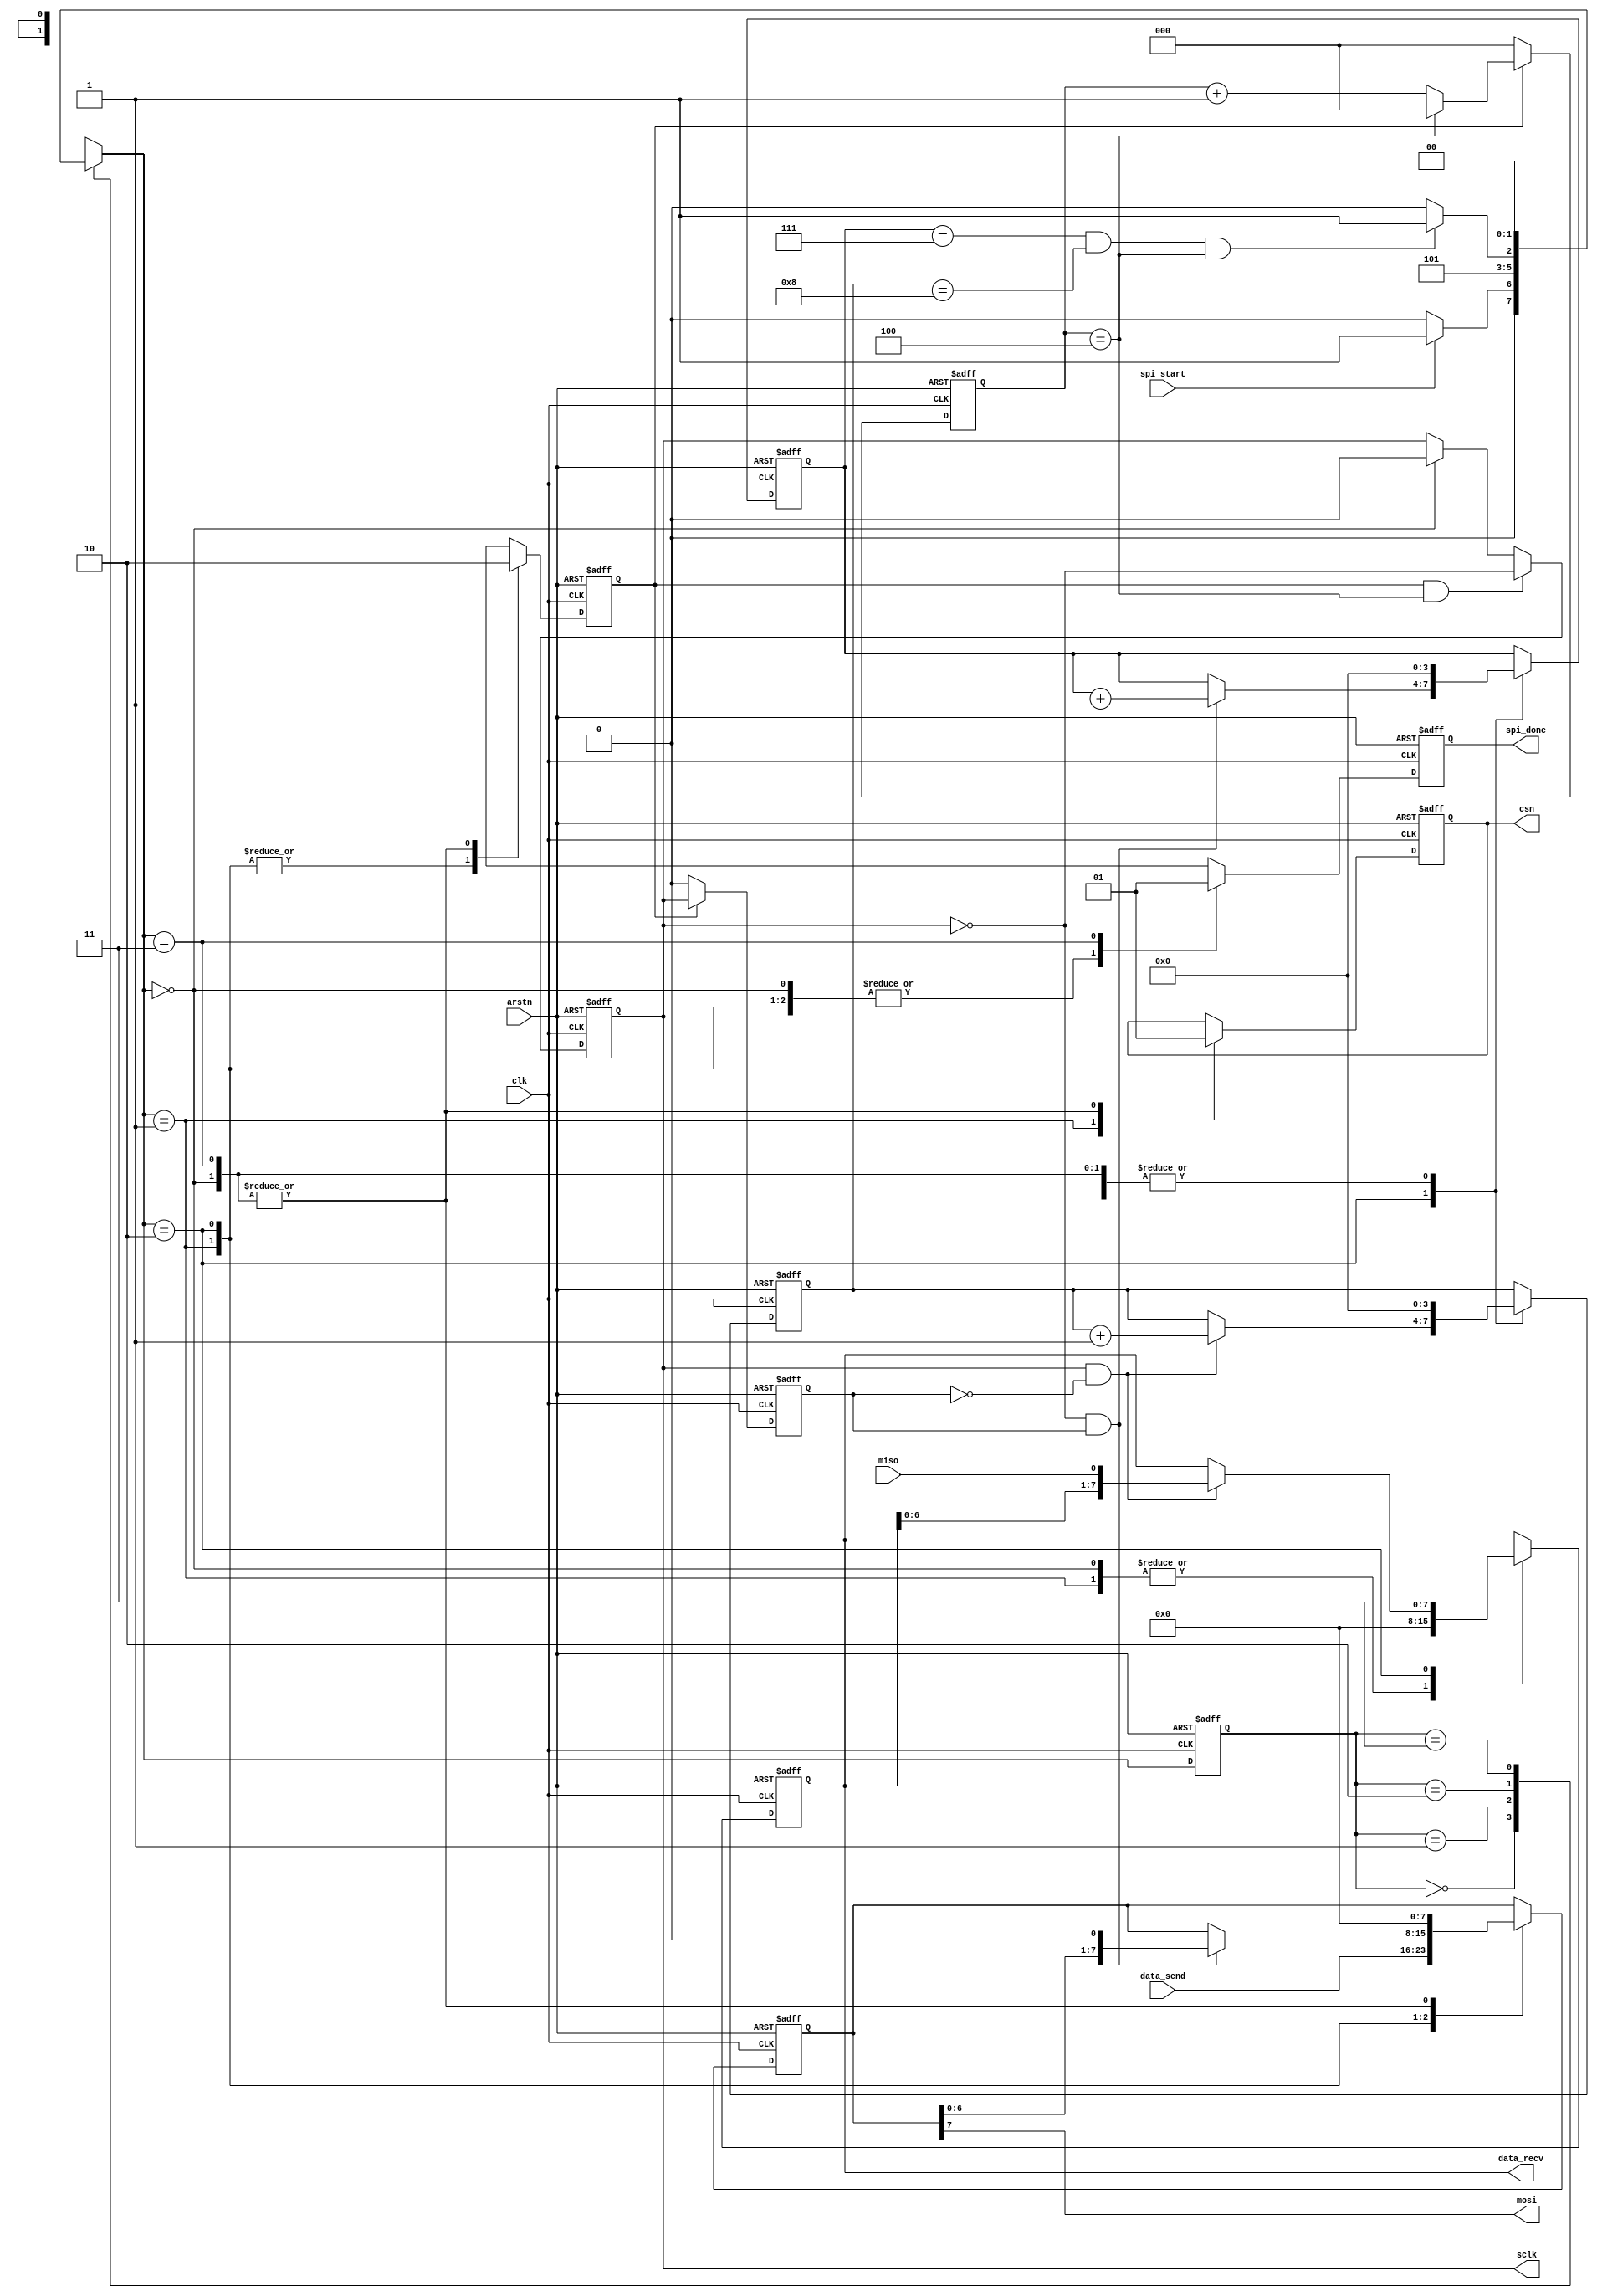
`timescale 1ns/1ps

module spi_master
#(
	parameter	CLK_FREQ = 50_000_000,
				SPI_FREQ = 5_000_000,
				DATA_WIDTH = 8,
				CPOL = 0,	// 0: idle at 0; 1: idle at 1
				CPHA = 0	// ^==0: sample@pos, shift@neg; ^==1: sample@neg, shift@pos
)
(
	input	clk, arstn,
	input	[DATA_WIDTH-1:0]	data_send,
	input	spi_start,
	output	reg	sclk, csn,
	output	mosi,
	input	miso,
	output	reg	spi_done,
	output	reg	[DATA_WIDTH-1:0]	data_recv
);

// FSM
localparam	IDLE = 2'd0, LOAD = 2'd1, PROC = 2'd2, DONE = 2'd3;
reg [1:0]	current_state, next_state;

// generate sclk
localparam	FREQ_COUNT = CLK_FREQ / SPI_FREQ / 2 - 1;
localparam	COUNT_WIDTH = log2(FREQ_COUNT);
reg	clk_count_en;
reg [COUNT_WIDTH-1:0]	clk_count;
reg	sclk_reg;
wire	sclk_pos, sclk_neg;

// process data
localparam	SHIFT_WIDTH = log2(DATA_WIDTH);
reg [SHIFT_WIDTH-1:0]	shift_count, sample_count;
reg [DATA_WIDTH-1:0]	data_reg;
wire	shift_en, sample_en;

// clk_count
always@(posedge clk or negedge arstn) begin
	if(~arstn)
		clk_count <= 'd0;
	else begin
		if(clk_count_en) begin
			if(clk_count == FREQ_COUNT)
				clk_count <= 'd0;
			else
				clk_count <= clk_count + 1'b1;
		end
		else begin
			clk_count <= 'd0;
		end
	end
end

// sclk
always@(posedge clk or negedge arstn) begin
	if(~arstn)
		sclk <= CPOL;
	else if(CPHA == 1 && spi_start)
		sclk <= ~CPOL;
	else if(clk_count_en && clk_count == FREQ_COUNT)
		sclk <= ~sclk;
	else if(next_state == IDLE)
		sclk <= CPOL;
end

// sclk edge capture
always@(posedge clk or negedge arstn) begin
	if(~arstn) begin
		sclk_reg <= CPOL;
	end
	else begin
		if(clk_count_en) begin
			sclk_reg <= sclk;
		end
		else begin
			sclk_reg <= CPOL;
		end
	end
end

assign sclk_pos = sclk & ~sclk_reg;
assign sclk_neg = ~sclk & sclk_reg;

// data timing
generate
	case(CPHA ^ CPOL)
		0:	begin
			assign sample_en = sclk_pos;
			assign shift_en = sclk_neg;
		end
		1:	begin
			assign sample_en = sclk_neg;
			assign shift_en = sclk_pos;
		end
		default:	begin // mode 0 
			assign sample_en = sclk_pos;
			assign shift_en = sclk_neg;
		end
	endcase
endgenerate

// FSM combinational
always@(*) begin
	case(current_state)
		IDLE:	next_state = spi_start ? LOAD : IDLE;
		LOAD:	next_state = PROC;
		PROC:	begin
			if(CPHA == 0)
				next_state = (shift_count == DATA_WIDTH-1 && sample_count == DATA_WIDTH && clk_count == FREQ_COUNT) ? DONE : PROC;
			else
				next_state = (shift_count == DATA_WIDTH && sample_count == DATA_WIDTH && clk_count == FREQ_COUNT) ? DONE : PROC;
		end
		DONE:	next_state = IDLE;
		default:	next_state = IDLE;
	endcase
end
// FSM sequential
always@(posedge clk or negedge arstn) begin
	if(~arstn)
		current_state <= IDLE;
	else
		current_state <= next_state;
end
// FSM output to ctrl signals
always@(posedge clk or negedge arstn) begin
	if(~arstn) begin
		clk_count_en <= 1'b0;
		spi_done <= 1'b0;
		csn <= 1'b1;
		shift_count <= 'd0;
		sample_count <= 'd0;
		data_reg <= 'd0;
		data_recv <= 'd0;
	end
	else begin
		case(next_state)
			IDLE:	begin
				clk_count_en <= 1'b0;
				spi_done <= 1'b0;
				csn <= 1'b1;
				shift_count <= 'd0;
				sample_count <= 'd0;
				data_reg <= 'd0;
				data_recv <= 'd0;
			end
			LOAD:	begin
				clk_count_en <= 1'b1;
				spi_done <= 1'b0;
				shift_count <= 'd0;
				sample_count <= 'd0;
				data_reg <= data_send;
				data_recv <= 'd0;
				csn <= 1'b0;
			end
			PROC:	begin
				clk_count_en <= 1'b1;
				spi_done <= 1'b0;
				if(shift_en) begin
					shift_count <= shift_count + 1'b1;
					if(CPHA == 0 || (CPHA == 1 && shift_count != 0))
						data_reg <= {data_reg[DATA_WIDTH-1-1:0], 1'b0};
				end
				if(sample_en) begin
					sample_count <= sample_count + 1'b1;
					data_recv <= {data_recv[DATA_WIDTH-1-1:0], miso};
				end
			end
			DONE:	begin
				clk_count_en <= 1'b0;
				spi_done <= 1'b1;
				csn <= 1'b1;
				shift_count <= 'd0;
				sample_count <= 'd0;
				data_reg <= 'd0;
			end
			default:	begin
				clk_count_en <= 1'b0;
				spi_done <= 1'b0;
				csn <= 1'b1;
				shift_count <= 'd0;
				sample_count <= 'd0;
				data_reg <= 'd0;
				data_recv <= 'd0;
			end
		endcase
	end
end

// mosi output
assign mosi = data_reg[DATA_WIDTH-1];

function integer log2(input integer x);
begin
	log2 = 0;
	while(x >> log2)
		log2 = log2 + 1;
end
endfunction

endmodule